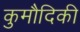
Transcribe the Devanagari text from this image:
कुमौदिकी